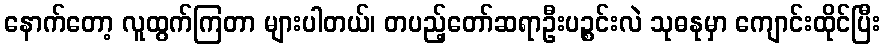
နောက်တော့ လူထွက်ကြတာ များပါတယ်၊ တပည့်တော်ဆရာဦးပဉ္စင်းလဲ သုဓနုမှာ ကျောင်းထိုင်ပြီး